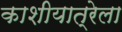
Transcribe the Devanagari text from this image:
काशीयात्रेला